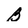
Character: B